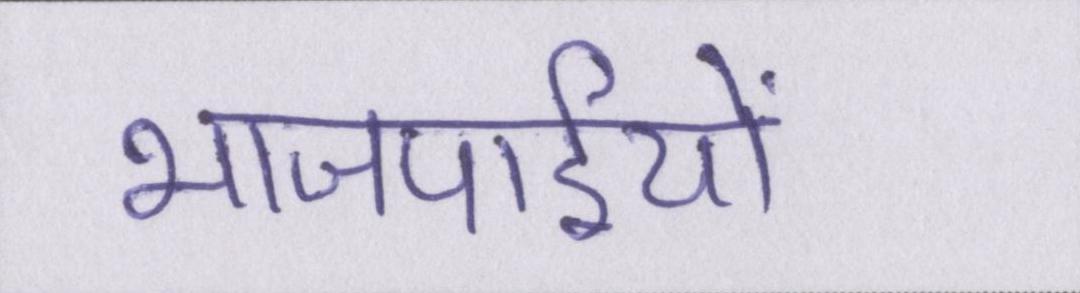
भाजपाईयों